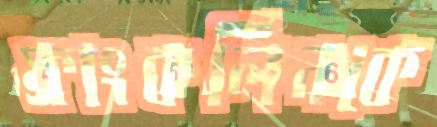
ফ্রাংকলিনকে